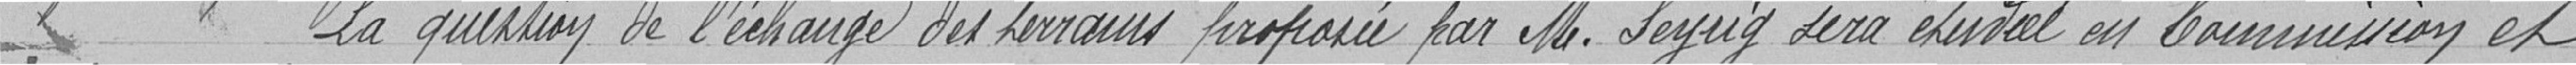
La question de l'échange des terrains proposée par M. Leyrig sera étudiée en Commission et